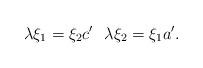
LaTeX: \begin{align*}\lambda\xi_1=\xi_2c' \ \ \lambda\xi_2=\xi_1a'.\end{align*}